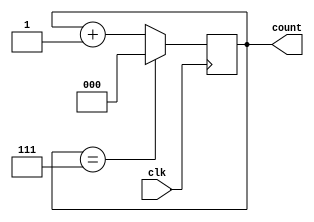
module SequenceCounter(
  input wire clk,   // Clock input
  output wire [2:0] count  // 3-bit count output
);

  reg [2:0] counter;  // 3-bit counter register

  always @(posedge clk) begin
    // Increment the counter on each clock edge
    if (counter == 3'b111)  // Reset the counter when it reaches 7 (111 in binary)
      counter <= 3'b000;
    else
      counter <= counter + 1;
  end

  assign count = counter;  // Output the counter value

endmodule